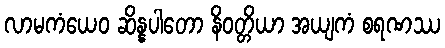
လာမကံယေဝ ဆိန္နပါတော နိဝတ္တိယာ အယျကံ စရဏဿ